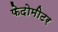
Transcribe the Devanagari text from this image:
फेदोमीटर